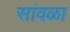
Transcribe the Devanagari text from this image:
सांवळा